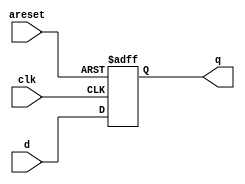
module top_module (
    input           clk,
    input           areset,
    input   [7:0]   d,
    output  [7:0]   q
);

    reg [7:0]   q_r;
    always @(posedge clk, posedge areset) begin
        if (areset)
            q_r <= '0;
        else
            q_r <= d;
    end

    assign q = q_r;

endmodule